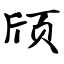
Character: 颀